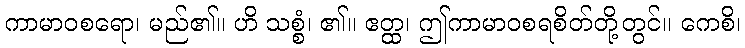
ကာမာဝစရော၊ မည်၏။ ဟိ သစ္စံ၊ ၏။ ဧတ္ထ၊ ဤကာမာဝစရစိတ်တို့တွင်။ ကေစိ၊